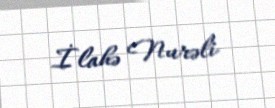
İlahə Nurəli